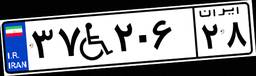
۳۷W۲۰۶۲۸